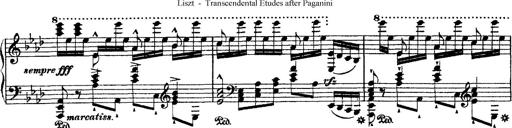
Title: Ã‰tudes d'exÃ©cution transcendante d'aprÃ¨s Paganini
Composer: Franz Liszt